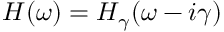
\begin{array} { r } { \begin{array} { r } { H ( \omega ) = H _ { \gamma } ( \omega - i \gamma ) } \end{array} } \end{array}